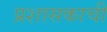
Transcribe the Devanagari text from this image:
प्रशासकाची